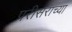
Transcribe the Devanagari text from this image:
परीसराच्या